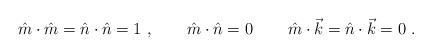
LaTeX: \begin{align*}\hat{m}\cdot \hat{m}=\hat{n}\cdot \hat{n}=1\ ,\qquad \hat{m}\cdot \hat{n}=0\,\qquad \hat{m}\cdot \vec{k}=\hat{n}\cdot \vec{k}=0\ .\end{align*}